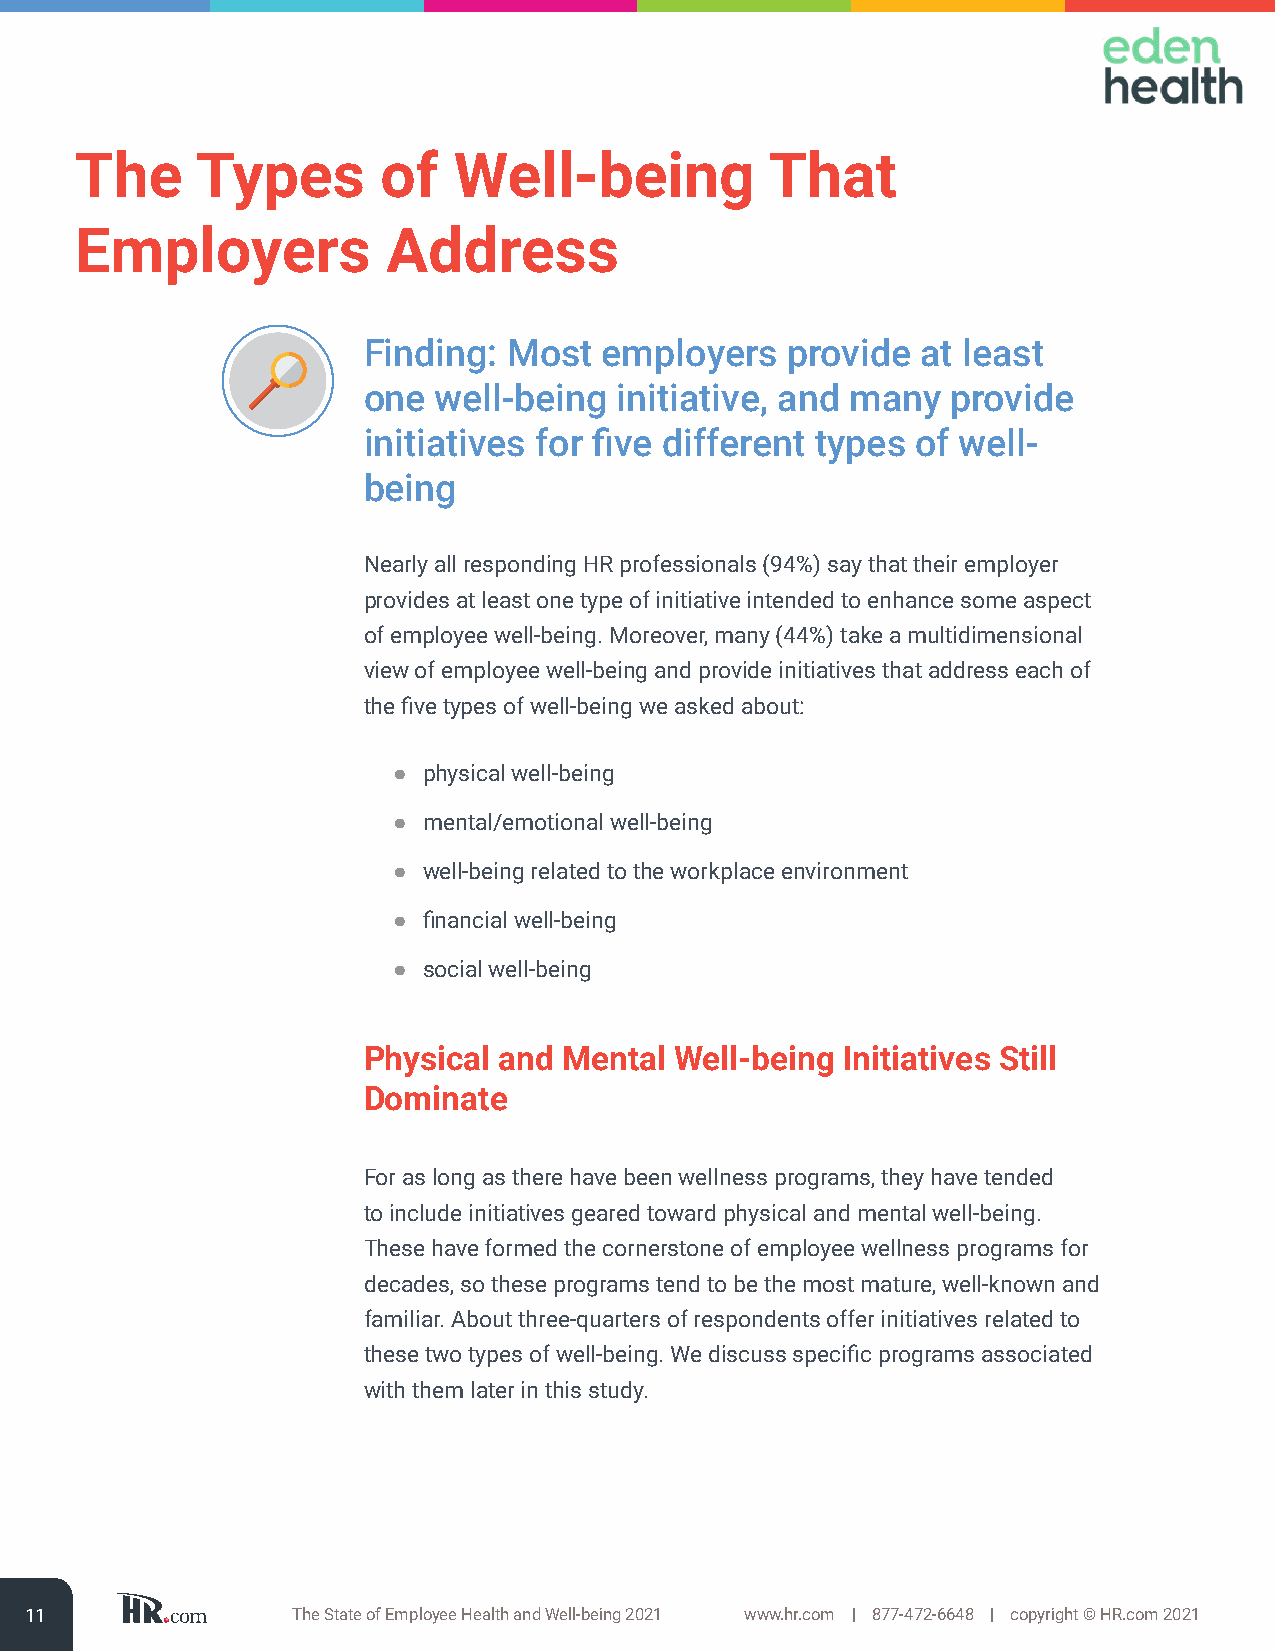
The     Types       of   Well-being           That
 Employers            Address
 Finding:  Most  employers   provide  at least
 one  well-being  initiative, and many  provide
 initiatives for five different types of well-
 being
 Nearly all responding HR professionals (94%) say that their employer
 provides at least one type of initiative intended to enhance some aspect
 of employee well-being. Moreover, many (44%) take a multidimensional
 view of employee well-being and provide initiatives that address each of
 the five types of well-being we asked about:
 ● physical well-being
 ● mental/emotional well-being
 ● well-being related to the workplace environment
 ● financial well-being
 ● social well-being
 Physical and Mental  Well-being Initiatives Still
 Dominate
 For as long as there have been wellness programs, they have tended
 to include initiatives geared toward physical and mental well-being.
 These have formed the cornerstone of employee wellness programs for
 decades, so these programs tend to be the most mature, well-known and
 familiar. About three-quarters of respondents offer initiatives related to
 these two types of well-being. We discuss specific programs associated
 with them later in this study.
 11               The State of Employee Health and Well-being 2021 www.hr.com | 877-472-6648 | copyright © HR.com 2021